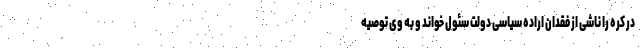
در کره را ناشی از فقدان اراده سیاسی دولت سئول خواند و به وی توصیه